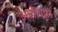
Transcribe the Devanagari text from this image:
आदींचाही